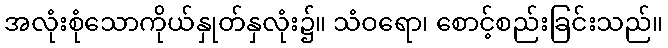
အလုံးစုံသောကိုယ်နှုတ်နှလုံး၌။ သံဝရော၊ စောင့်စည်းခြင်းသည်။